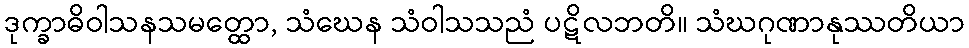
ဒုက္ခာဓိဝါသနသမတ္ထော, သံဃေန သံဝါသသညံ ပဋိလဘတိ။ သံဃဂုဏာနုဿတိယာ